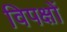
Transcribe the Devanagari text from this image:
विपक्षों